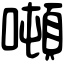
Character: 噸